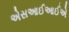
એસઆઈઆઈએ